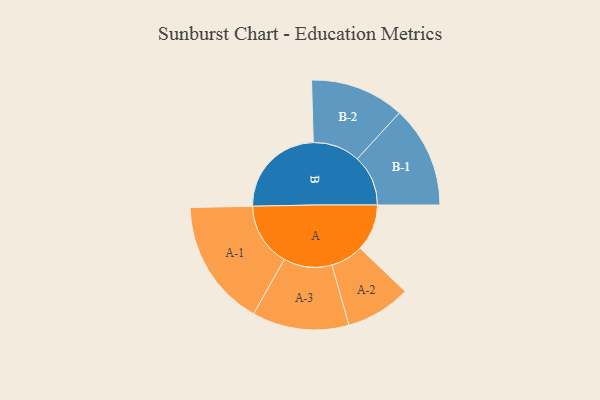
{"axis": {"x": "Segment", "y": "Value"}, "legend": ["", "A", "B"], "data": [{"x": "A", "y": 151, "type": ""}, {"x": "B", "y": 309, "type": ""}, {"x": "A-1", "y": 205, "type": "A"}, {"x": "A-2", "y": 105, "type": "A"}, {"x": "A-3", "y": 156, "type": "A"}, {"x": "B-1", "y": 164, "type": "B"}, {"x": "B-2", "y": 152, "type": "B"}]}